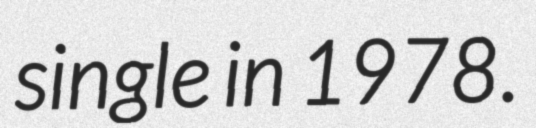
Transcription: single in 1978.